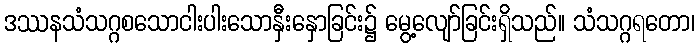
ဒဿနသံသဂ္ဂစသောငါးပါးသောနှီးနှောခြင်း၌ မွေ့လျော်ခြင်းရှိသည်။ သံသဂ္ဂရတော၊